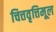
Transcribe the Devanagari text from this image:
चित्तवृत्तिमूल